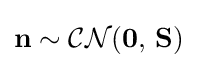
\mathbf {n} \sim {\mathcal {CN}}(\mathbf {0} ,\,\mathbf {S} )